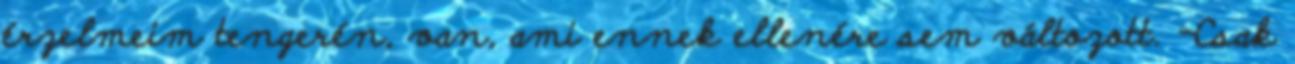
érzelmeim tengerén, van, ami ennek ellenére sem változott. -Csak